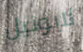
لايونيل